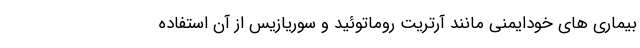
بیماری های خودایمنی مانند آرتریت روماتوئید و سوریازیس از آن استفاده